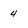
Character: 4